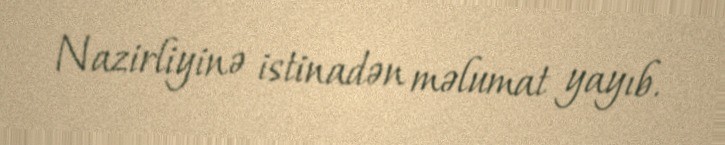
Nazirliyinə istinadən məlumat yayıb.